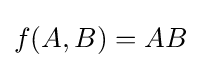
f(A,B)=AB